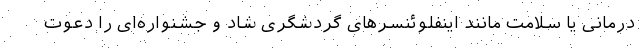
درمانی یا سلامت مانند اینفلوئنسرهای گردشگری شاد و جشنواره‌ای را دعوت